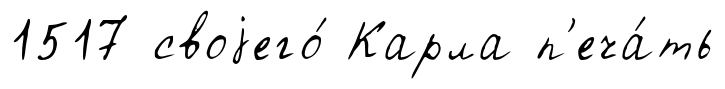
1517 своjего́ Карла п'еча́ть